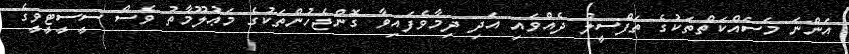
އަންނަ މަސައްކަތްތަކުގެ ތަފްސީލު ދެއްވައި އަދި ދިމާވެފައިވާ ގޮންޖެހުންތަކުގެ މަޢުލޫމާތު ވެސް ސީސީޓީވީގެ